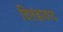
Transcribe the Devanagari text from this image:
वितंडावाद